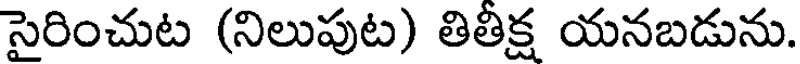
సైరించుట (నిలుపుట) తితిక్ష యనబడును.